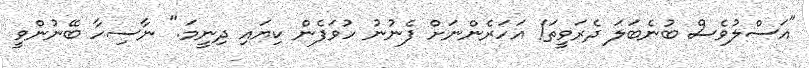
"އަސްލުވެސް ބުނެބަލަ ދެރަވީތަ! އަހަރެންނަށް ފެނުނު ހުވަފެން ކިޔައި ދިނީމަ." ނާސިހާ ބޭނުންވީ